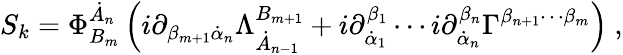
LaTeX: S_{k}=\Phi_{B_{m}}^{\dot{A}_{n}}\left(i\partial_{\beta_{m+1}\dot{\alpha}_{n}}\Lambda_{\dot{A}_{n-1}}^{B_{m+1}}+i\partial_{\dot{\alpha}_{1}}^{\beta_{1}}\cdots i\partial_{\dot{\alpha}_{n}}^{\beta_{n}}\Gamma^{\beta_{n+1}\cdots\beta_{m}}\right)\ ,